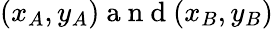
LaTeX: (x_{A},y_{A})\mathrm{~a~n~d~}(x_{B},y_{B})